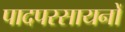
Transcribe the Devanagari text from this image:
पादपरसायनों